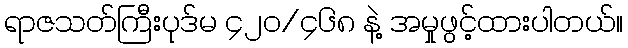
ရာဇသတ်ကြီးပုဒ်မ ၄၂၀/၄၆၈ နဲ့ အမှုဖွင့်ထားပါတယ်။